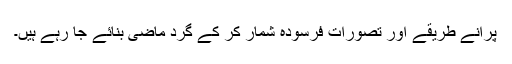
پرانے طریقے اور تصورات فرسودہ شمار کر کے گرد ماضی بنائے جا رہے ہیں۔